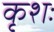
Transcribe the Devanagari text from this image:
कृशः